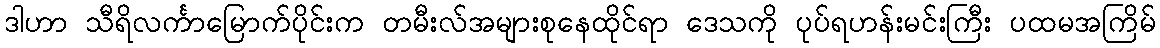
ဒါဟာ သီရိလင်္ကာမြောက်ပိုင်းက တမီးလ်အများစုနေထိုင်ရာ ဒေသကို ပုပ်ရဟန်းမင်းကြီး ပထမအကြိမ်